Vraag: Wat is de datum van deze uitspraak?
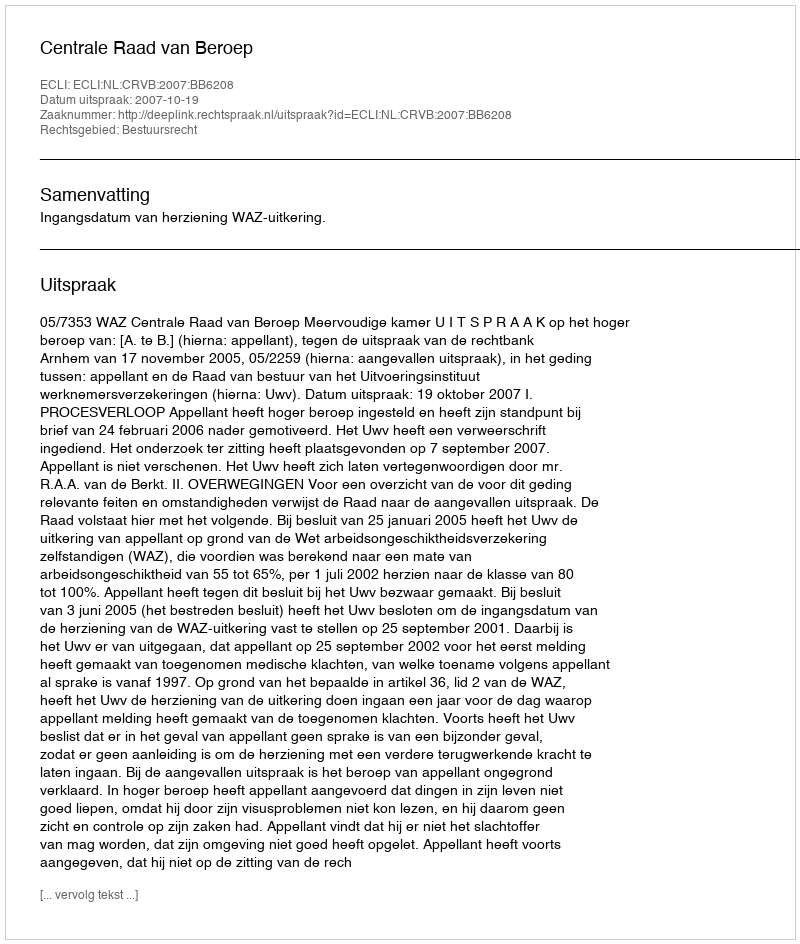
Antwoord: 2007-10-19